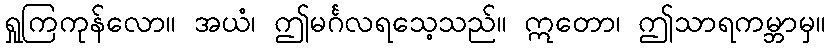
ရှုကြကုန်လော။ အယံ၊ ဤမင်္ဂလရသေ့သည်။ ဣတော၊ ဤသာရကမ္ဘာမှ။